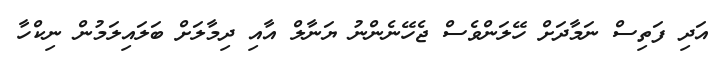
އަދި ފަތިސް ނަމާދަށް ހޭލަންވެސް ޖެހޭނެންނު ޔަނާލް އާއި ދިމާލަށް ބަލައިލަމުން ނިކްހާ